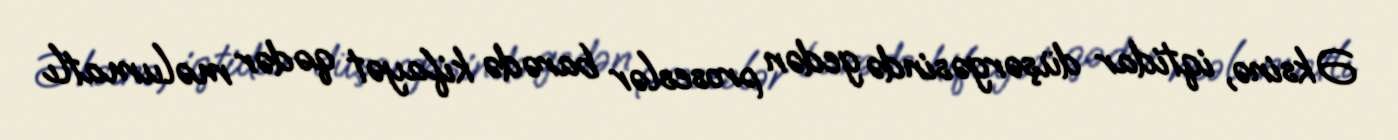
Əksinə, iqtidar düşərgəsində gedən proseslər barədə kifayət qədər məlumatlı